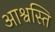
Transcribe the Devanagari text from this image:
आश्वस्ति